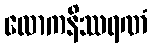
လောကနိဿရဏံ